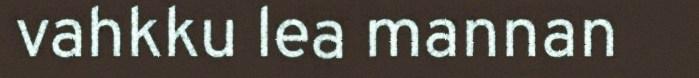
vahkku lea mannan